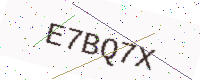
Text: E7BQ7X